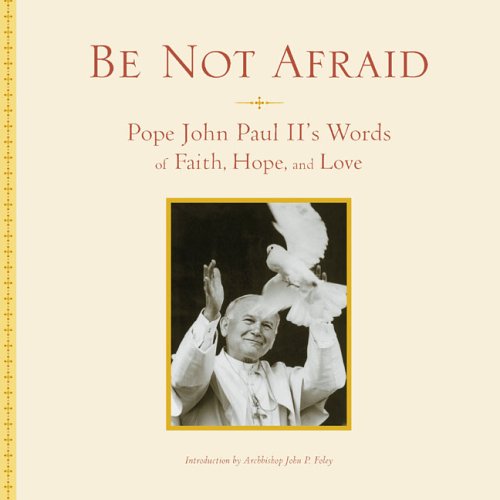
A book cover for Be Not Afraid: Pope John Paul II's Words of Faith, Hope, and Love; John Paul II; Christian Books & Bibles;